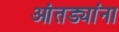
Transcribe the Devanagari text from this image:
आंतड्यांना